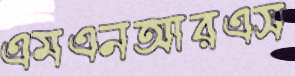
এমএনআরএস